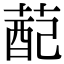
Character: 蓜